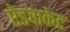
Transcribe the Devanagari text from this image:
ऐडवाकेट